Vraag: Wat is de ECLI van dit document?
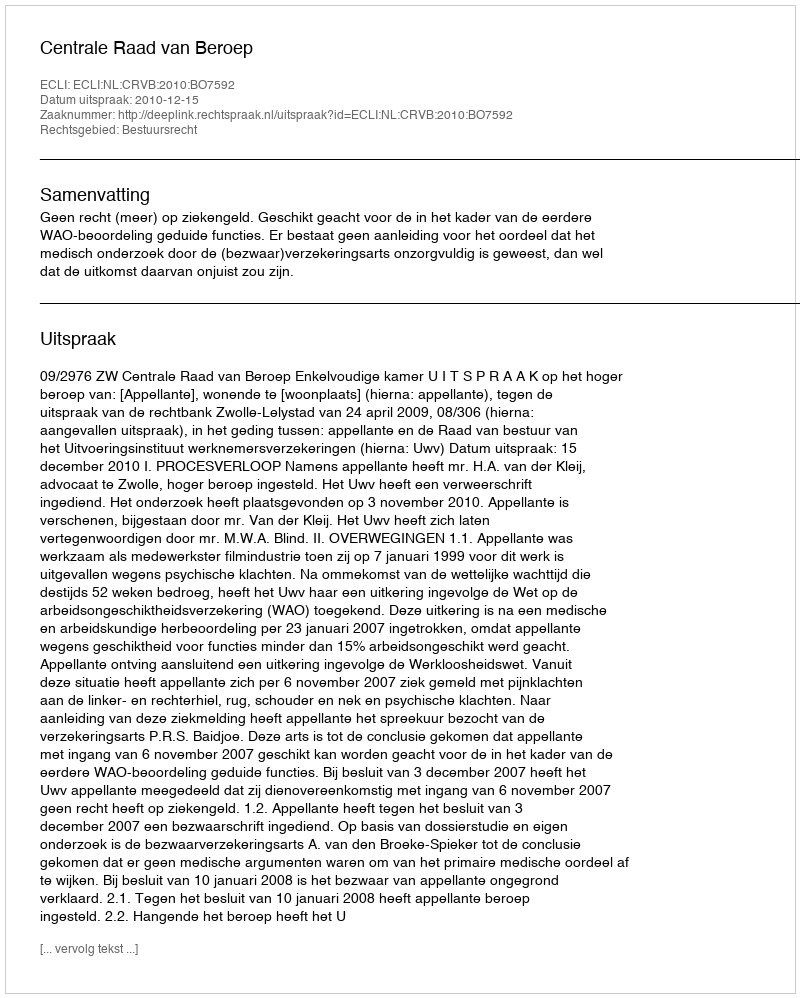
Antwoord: ECLI:NL:CRVB:2010:BO7592